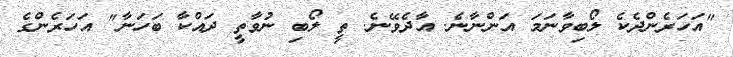
"އަހަރެންދެކެ ލޯބިވާނަމަ އަންނާނެ. އާދެވޭނެ. ތީ ލޯބި ނުވާތީ ދައްކާ ބަހަނާ" އަހަރެންގެ